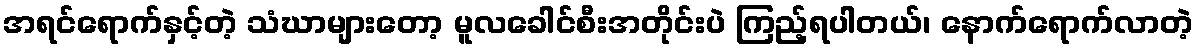
အရင်ရောက်နှင့်တဲ့ သံဃာများတော့ မူလခေါင်စီးအတိုင်းပဲ ကြည့်ရပါတယ်၊ နောက်ရောက်လာတဲ့